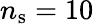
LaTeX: n_{\mathrm{s}}=10